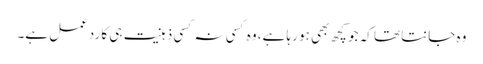
وہ جانتا تھا کہ جو کچھ بھی ہو رہا ہے، وہ کسی نہ کسی ذہنیت ہی کا ردعمل ہے۔